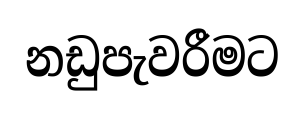
නඩුපැවරීමට